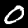
Digit: 0